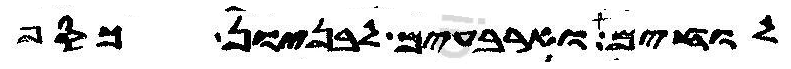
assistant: לוחים וארבעים לבניון כסף